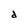
Character: d